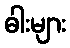
ဓါးများ